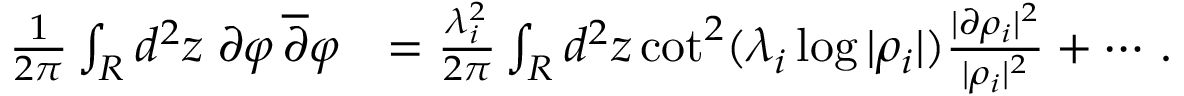
\begin{array} { r l } { { \frac { 1 } { 2 \pi } } \int _ { R } d ^ { 2 } z \; \partial \varphi \, \overline { { \partial } } \varphi } & { = { \frac { \lambda _ { i } ^ { 2 } } { 2 \pi } } \int _ { R } d ^ { 2 } z \cot ^ { 2 } ( \lambda _ { i } \log | \rho _ { i } | ) { \frac { | \partial \rho _ { i } | ^ { 2 } } { | \rho _ { i } | ^ { 2 } } } + \cdots \, . } \end{array}